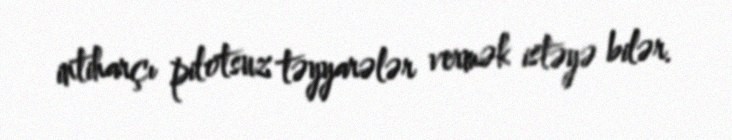
intiharçı pilotsuz təyyarələr vermək istəyə bilər.